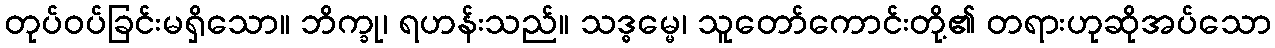
တုပ်ဝပ်ခြင်းမရှိသော။ ဘိက္ခု၊ ရဟန်းသည်။ သဒ္ဓမ္မေ၊ သူတော်ကောင်းတို့၏ တရားဟုဆိုအပ်သော